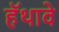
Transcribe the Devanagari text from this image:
हॅथावे